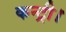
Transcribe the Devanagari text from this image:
कन्ट्री।